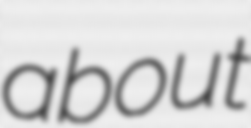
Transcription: about